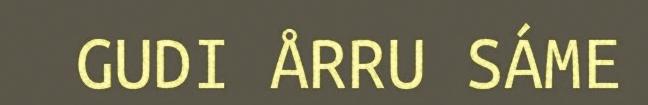
GUDI ÅRRU SÁME